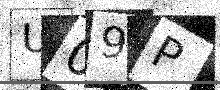
Text: U09P